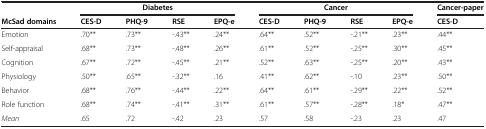
<table><thead><tr><td><b> </b></td><td colspan="3"><b>Diabetes</b></td><td><b> </b></td><td colspan="3"><b>Cancer</b></td><td><b> </b></td><td><b>Cancer-paper</b></td></tr><tr><td><b>McSad domains</b></td><td><b>CES-D</b></td><td><b>PHQ-9</b></td><td><b>RSE</b></td><td><b>EPQ-e</b></td><td><b>CES-D</b></td><td><b>PHQ-9</b></td><td><b>RSE</b></td><td><b>EPQ-e</b></td><td><b>CES-D</b></td></tr></thead><tbody><tr><td>Emotion</td><td>.70**</td><td>.73**</td><td>-.43**</td><td>.24**</td><td>.64**</td><td>.52**</td><td>-.21**</td><td>.23**</td><td>.44**</td></tr><tr><td>Self-appraisal</td><td>.68**</td><td>.73**</td><td>-.48**</td><td>.26**</td><td>.61**</td><td>.52**</td><td>-.25**</td><td>.30**</td><td>.45**</td></tr><tr><td>Cognition</td><td>.67**</td><td>.72**</td><td>-.45**</td><td>.21**</td><td>.52**</td><td>.63**</td><td>-.25**</td><td>.20**</td><td>.43**</td></tr><tr><td>Physiology</td><td>.50**</td><td>.65**</td><td>-.32**</td><td>.16</td><td>.41**</td><td>.62**</td><td>-.10</td><td>.23**</td><td>.50**</td></tr><tr><td>Behavior</td><td>.68**</td><td>.76**</td><td>-.44**</td><td>.22**</td><td>.64**</td><td>.61**</td><td>-.29**</td><td>.22**</td><td>.52**</td></tr><tr><td>Role function</td><td>.68**</td><td>.74**</td><td>-.41**</td><td>.31**</td><td>.61**</td><td>.57**</td><td>-.28**</td><td>.18*</td><td>.47**</td></tr><tr><td><i>Mean</i></td><td>.65</td><td>.72</td><td>-.42</td><td>.23</td><td>.57</td><td>.58</td><td>-.23</td><td>.23</td><td>.47</td></tr></tbody></table>